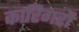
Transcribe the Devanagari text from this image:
कारिगरों